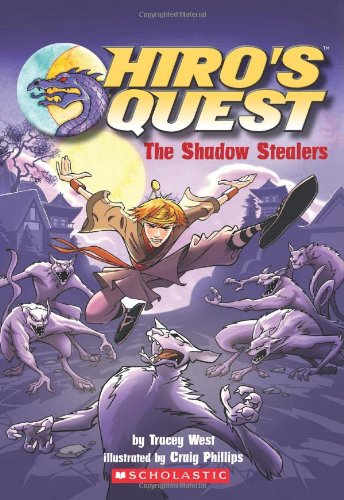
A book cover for Hiro's Quest #3: The Shadow Stealers; Tracey West; Children's Books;